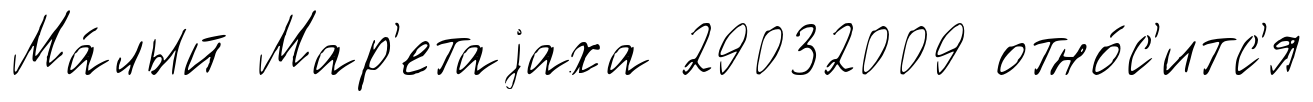
Ма́лый Мар'етаjаха 29032009 отно́с'итс'я